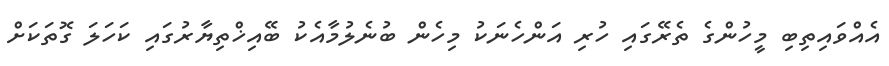
އެއްވައިތިބި މީހުންގެ ތެރޭގައި ހުރި އަންހެނަކު މިހެން ބުނެލުމާއެކު ބޭއިޚްތިޔާރުގައި ކަހަލަ ގޮތަކަށް